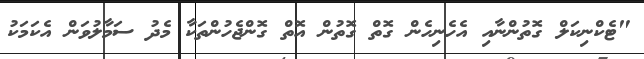
"ޓެކްނިކަލް ގޮތުންނާއި އެހެނިހެން ގޮތް ގޮތުން އޮތް ގޮންޖެހުންތަކާ މެދު ސަމާލުވަން އެކަމަކު